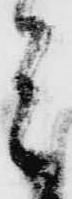
ミ